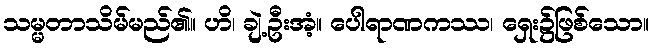
သမ္မတာသိမ်မည်၏။ ဟိ၊ ချဲ့ဦးအံ့။ ပေါရာဏကဿ၊ ရှေး၌ဖြစ်သော။